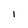
Character: l